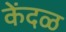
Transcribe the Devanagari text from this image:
केंदळ